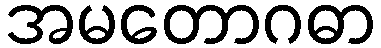
အမတောဂဓာ